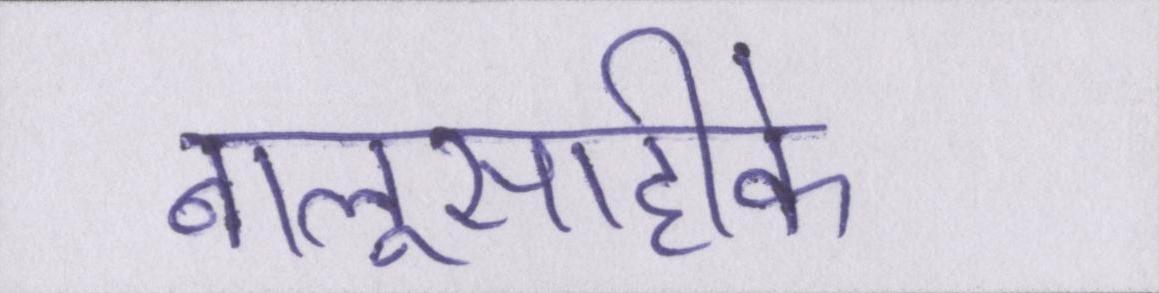
बालूसाहीके